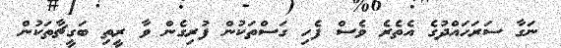
ނަގާ ސަރަހައްދުގެ އެތެރެ ވެސް ފެހި ގަސްތަކުން ފުރިގެން ވާ ރީތި ބަގީޗާތަކުން